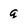
Character: g